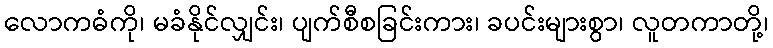
လောကဓံကို၊ မခံနိုင်လျှင်း၊ ပျက်စီစခြင်းကား၊ ခပင်းများစွာ၊ လူတကာတို့၊